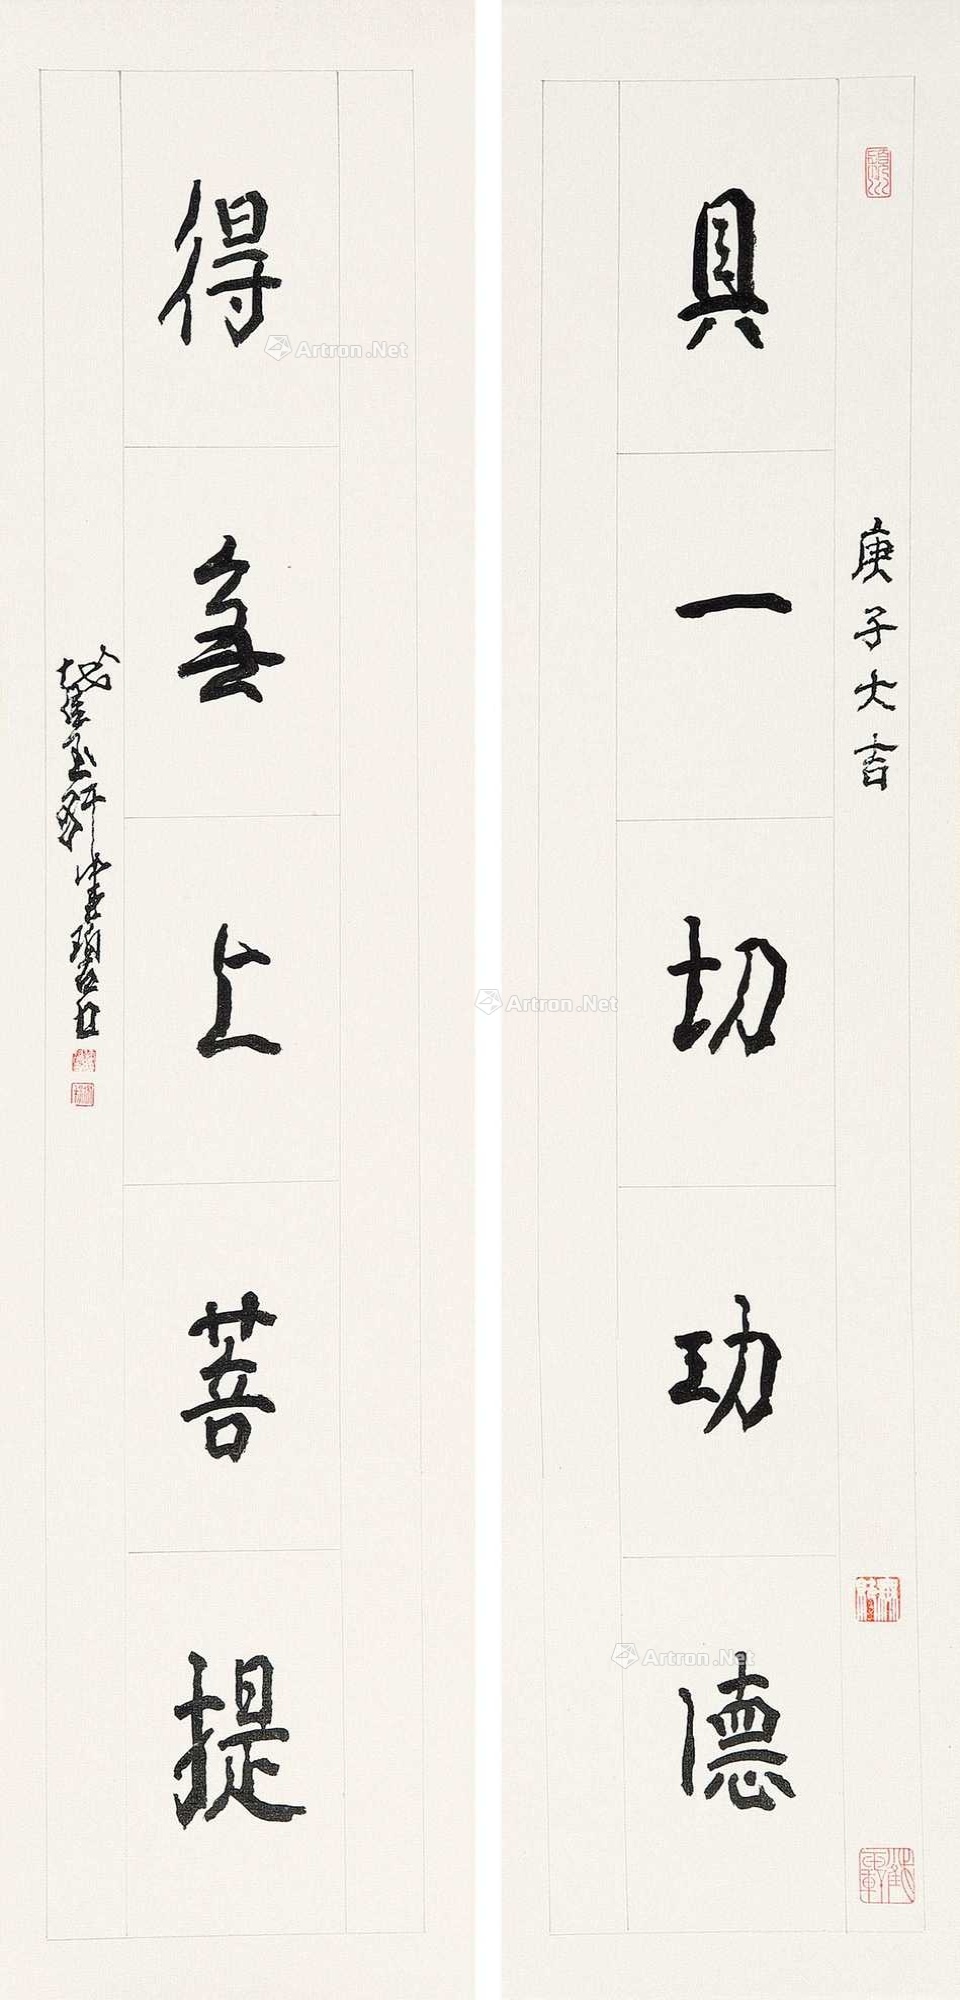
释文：具一切功德得无上菩提。庚子大吉截玉轩健碧写。